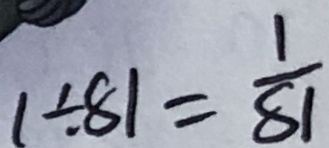
1 \div 8 1 = \frac { 1 } { 8 1 }